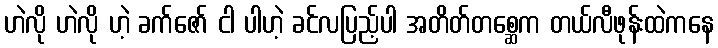
ဟဲလို ဟဲလို ဟဲ့ ခက်ဇော် ငါ ပါဟဲ့ ခင်လပြည့်ပါ အတိတ်တစ္ဆေက တယ်လီဖုန်းထဲကနေ